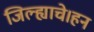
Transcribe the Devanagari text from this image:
जिल्ह्याचे।हन